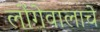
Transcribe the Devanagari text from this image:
लोंगेवालाचे